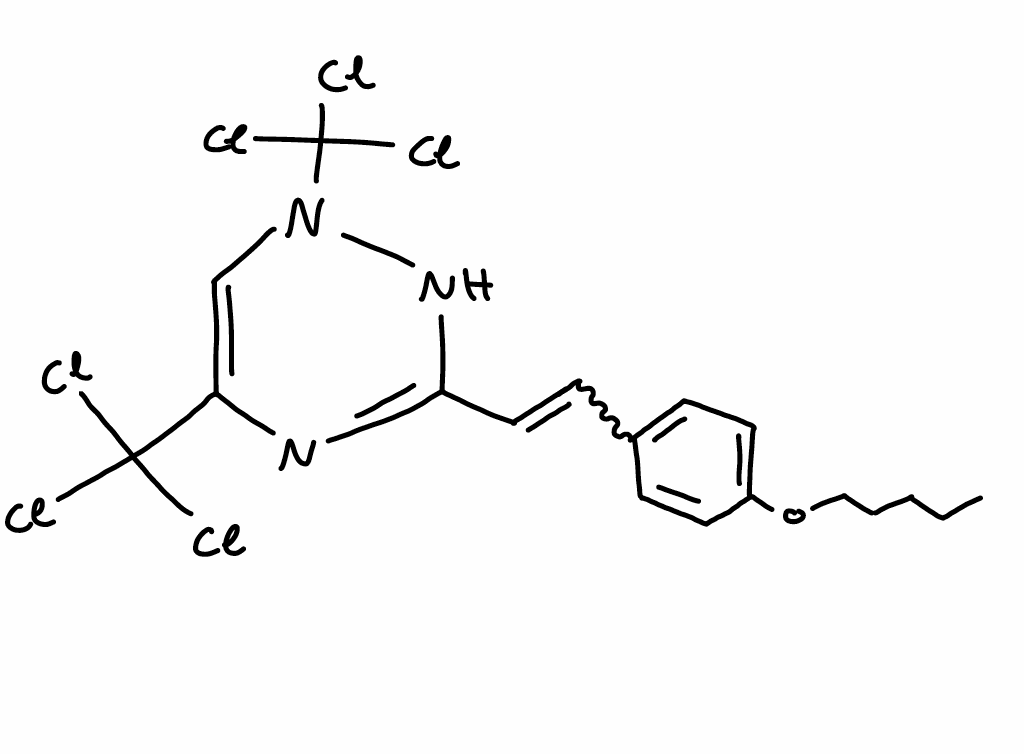
Simplified molecular-input line-entry system (SMILES) notation of the given molecule:
CCCCCOC1=CC=C(C=C1)C=CC2=NC(=CN(N2)C(Cl)(Cl)Cl)C(Cl)(Cl)Cl